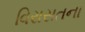
વિરાસતના